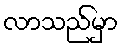
လာသည်မှာ